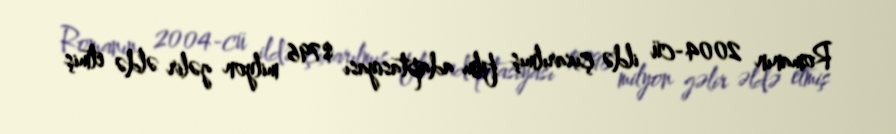
Romanın 2004-cü ildə çıxarılmış film adaptasiyası $796 milyon gəlir əldə etmiş